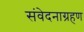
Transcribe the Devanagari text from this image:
संवेदनाग्रहण